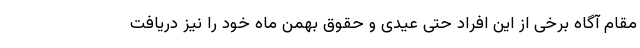
مقام آگاه برخی از این افراد حتی عیدی و حقوق بهمن ماه خود را نیز دریافت